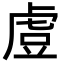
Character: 𧆲